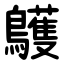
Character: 鸌